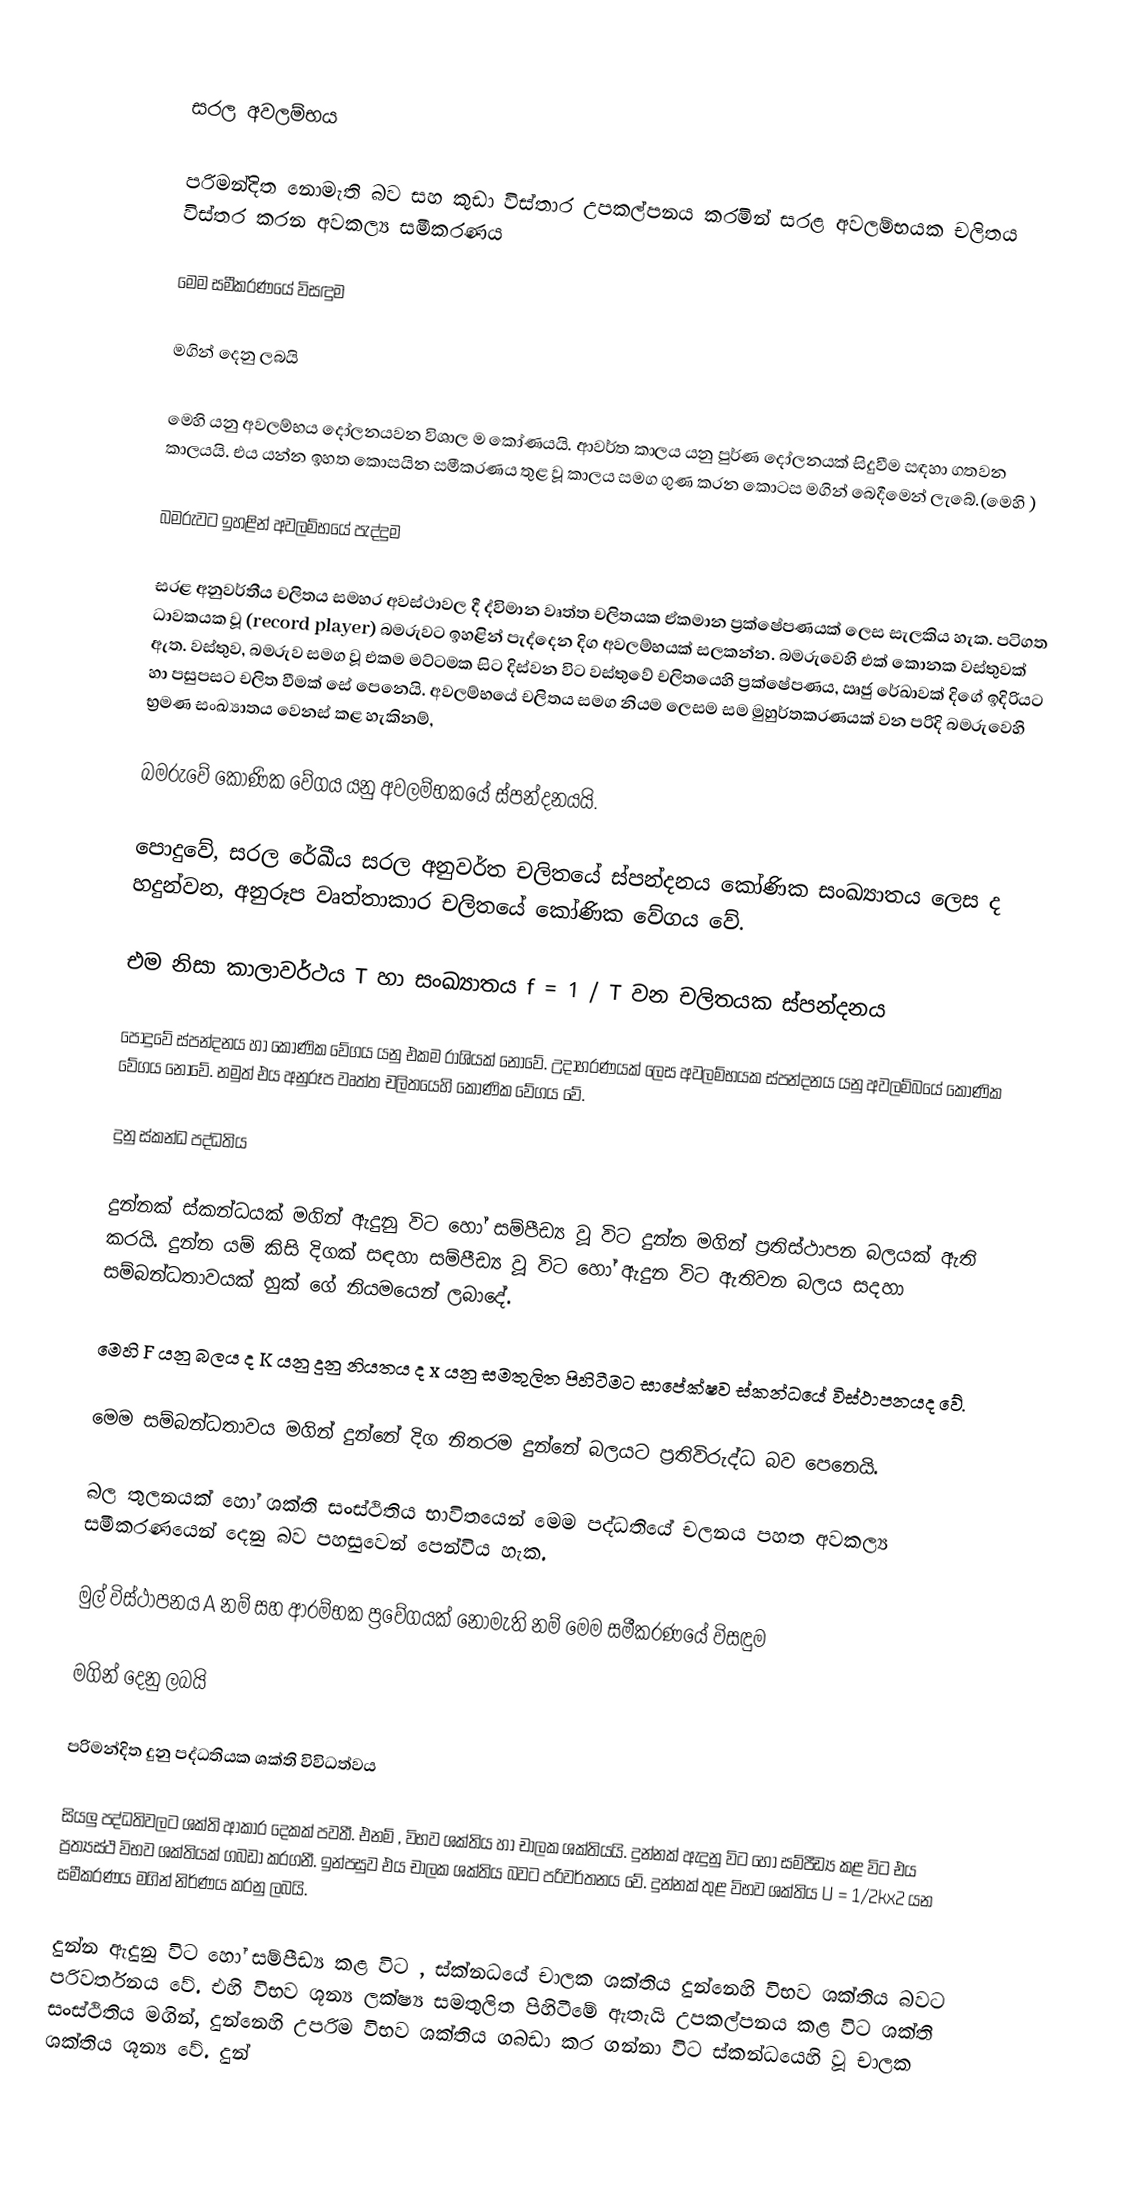

සරල අවලම්භය

පරිමන්දිත නොමැති බව සහ කුඩා විස්තාර උපකල්පනය කරමින් සරළ අවලම්භයක චලිතය විස්තර කරන අවකල්‍ය සමීකරණය

මෙම සමීකරණයේ විසඳුම

මගින් දෙනු ලබයි

මෙහි    යනු අවලම්භය දෝලනයවන විශාල ම කෝණයයි. ආවර්ත කාලය යනු පුර්ණ දෝලනයක් සිදුවීම සඳහා ගතවන කාලයයි. එය  යන්න ඉහත කොසයින සමීකරණය තුළ වූ  කාලය සමග ගුණ කරන කොටස  මගින් බෙදීමෙන් ලැබේ.(මෙහි  )

බමරුවට ඉහළින්  අවලම්භයේ පැද්දුම

සරළ අනුවර්තීය චලිතය සමහර අවස්ථාවල දී ද්විමාන වෘත්ත චලිතයක ඒකමාන ප්‍රක්ෂේපණයක් ලෙස සැලකිය හැක. පටිගත ධාවකයක වූ (record player)  බමරුවට ඉහළින් පැද්දෙන දිග අවලම්භයක් සලකන්න. බමරුවෙහි එක් කොනක වස්තුවක් ඇත. වස්තුව, බමරුව සමග වූ එකම මට්ටමක සිට දිස්වන විට වස්තුවේ චලිතයෙහි ප්‍රක්ෂේපණය, ඍජු රේඛාවක් දිගේ ඉදිරියට හා පසුපසට චලිත වීමක් සේ පෙනෙයි. අවලම්භයේ චලිතය සමග නියම ලෙසම සම මුහුර්තකරණයක් වන පරිදි බමරුවෙහි භ්‍රමණ සංඛ්‍යාතය වෙනස් කළ හැකිනම්,

බමරුවේ කෝණික වේගය යනු අවලම්භකයේ ස්පන්දනයයි.

පොදුවේ, සරල රේඛීය සරල අනුවර්ත චලිතයේ ස්පන්දනය කෝණික සංඛ්‍යාතය ලෙස ද හදුන්වන, අනුරූප වෘත්තාකාර චලිතයේ කෝණික වේගය වේ.

එම නිසා කාලාවර්ථය T හා සංඛ්‍යාතය f = 1 / T  වන චලිතයක ස්පන්දනය

පොදුවේ ස්පන්දනය හා කෝණික වේගය යනු එකම රාශියක් නොවේ.  උදාහරණයක් ලෙස අවලම්භයක ස්පන්දනය යනු අවලම්බයේ කෝණික වේගය නොවේ. නමුත් එය අනුරූප   වෘත්ත   චලිතයෙහි කෝණික  වේගය වේ.

දුනු ස්කන්ධ පද්ධතිය

දුන්නක් ස්කන්ධයක් මගින් ඇදුනු විට හෝ සම්පීඩ්‍ය වූ විට දුන්න  මගින් ප්‍රතිස්ථාපන බලයක් ඇති කරයි. දුන්න යම් කිසි දිගක් සඳහා සම්පීඩ්‍ය වූ විට හෝ ඇදුන විට ඇතිවන බලය සදහා සම්බන්ධතාවයක් හුක් ගේ නියමයෙන් ලබාදේ.

මෙහි F  යනු බලය ද K  යනු දුනු නියතය ද x යනු සමතුලිත පිහිටීමට සාපේක්ෂව ස්කන්ධයේ විස්ථාපනයද වේ.

මෙම සම්බන්ධතාවය මගින් දුන්නේ දිග නිතරම දුන්නේ බලයට ප්‍රතිවිරුද්ධ බව පෙනෙයි.

බල තුලනයක් හෝ ශක්ති සංස්ථිතිය භාවිතයෙන් මෙම පද්ධතියේ චලනය පහත අවකල්‍ය සමීකරණයෙන් දෙනු බව පහසුවෙන් පෙන්විය හැක.

මුල් විස්ථාපනය A  නම් සහ ආරම්භක ප්‍රවේගයක් නොමැති නම් මෙම සමීකරණයේ විසඳුම

මගින් දෙනු ලබයි

පරිමන්දිත දුනු පද්ධතියක ශක්ති විවිධත්වය

සියලු පද්ධතිවලට ශක්ති ආකාර දෙකක් පවතී. එනම් , විභව ශක්තිය හා චාලක ශක්තියයි. දුන්නක් ඇදුනු විට හෝ සම්පීඩ්‍ය කළ විට එය ප්‍රත්‍යස්ථ විභව ශක්තියක් ගබඩා කරගනී. ඉන්පසුව එය චාලක ශක්තිය බවට පරිවර්තනය වේ. දුන්නක් තුළ  විභව ශක්තිය    U  =  1/2kx2  යන සමීකරණය මගින්  නිර්ණය කරනු ලබයි.

දුන්න ඇදුනු විට හෝ සම්පීඩ්‍ය කළ විට , ස්ක්නධයේ චාලක ශක්තිය දුන්නෙහි විභව ශක්තිය බවට පරිවර්තනය වේ. එහි විභව ශූන්‍ය ලක්ෂ්‍ය සමතුලිත පිහිටීමේ ඇතැයි උපකල්පනය කළ විට ශක්ති සංස්ථිතිය මගින්,  දුන්නෙහි උපරිම විභව ශක්තිය ගබඩා කර ගන්නා විට  ස්කන්ධයෙහි වූ චාලක ශක්තිය ශූන්‍ය වේ. දුන්